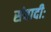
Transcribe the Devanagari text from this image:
संवादीः